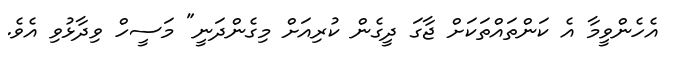
އެހެންވީމާ އެ ކަންތައްތަކަށް ޖާގަ ދީގެން ކުރިއަށް މިގެންދަނީ" މަސީހް ވިދާޅުވި އެވެ.